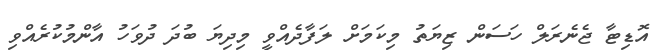
އޮޑިޓާ ޖެނެރަލް ހަސަން ޒިޔަތު މިކަމަށް ލަފާދެއްވީ މިދިޔަ ބުދަ ދުވަހު އާންމުކުރެއްވި